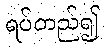
ရပ်တည်၍